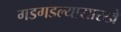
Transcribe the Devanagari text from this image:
गडगडल्यासारखे